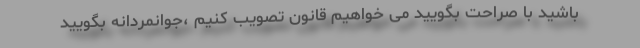
باشید با صراحت بگویید می خواهیم قانون تصویب کنیم ،جوانمردانه بگویید